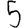
Digit: 5